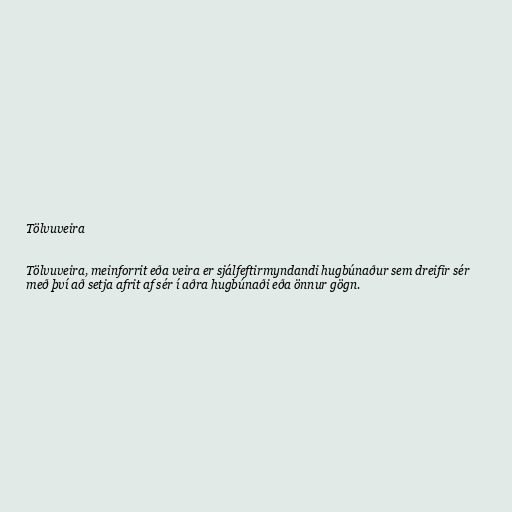
Tölvuveira

Tölvuveira, meinforrit eða veira er sjálfeftirmyndandi hugbúnaður sem dreifir sér
með því að setja afrit af sér í aðra hugbúnaði eða önnur gögn.